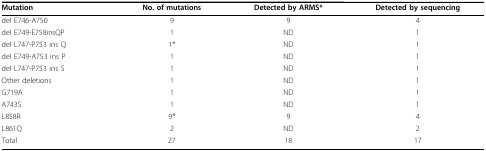
<table><thead><tr><td><b>Mutation</b></td><td><b>No. of mutations</b></td><td><b>Detected by ARMS*</b></td><td><b>Detected by sequencing</b></td></tr></thead><tbody><tr><td>del E746-A750</td><td>9</td><td>9</td><td>4</td></tr><tr><td>del E749-E758insQP</td><td>1</td><td>ND</td><td>1</td></tr><tr><td>del L747-P753 ins Q</td><td>1*</td><td>ND</td><td>1</td></tr><tr><td>del E749-A753 ins P</td><td>1</td><td>ND</td><td>1</td></tr><tr><td>del L747-P753 ins S</td><td>1</td><td>ND</td><td>1</td></tr><tr><td>Other deletions</td><td>1</td><td>ND</td><td>1</td></tr><tr><td>G719A</td><td>1</td><td>ND</td><td>1</td></tr><tr><td>A743S</td><td>1</td><td>ND</td><td>1</td></tr><tr><td>L858R</td><td>9*</td><td>9</td><td>4</td></tr><tr><td>L861Q</td><td>2</td><td>ND</td><td>2</td></tr><tr><td>Total</td><td>27</td><td>18</td><td>17</td></tr></tbody></table>